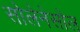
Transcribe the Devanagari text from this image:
सोलेनेसोल